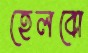
হেলবো